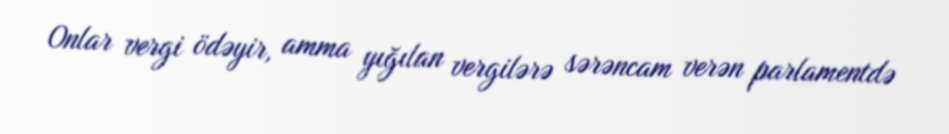
Onlar vergi ödəyir, amma yığılan vergilərə sərəncam verən parlamentdə